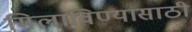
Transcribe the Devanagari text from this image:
मिलाविण्यासाठी